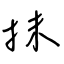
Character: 抹